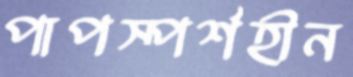
পাপস্পর্শহীন